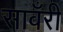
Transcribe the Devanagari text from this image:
सावँरी